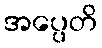
အပ္ပေတိ